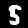
Digit: 5